Lunatic asylums Punjab 1868-1880 - 1868-1880
Year: 1868
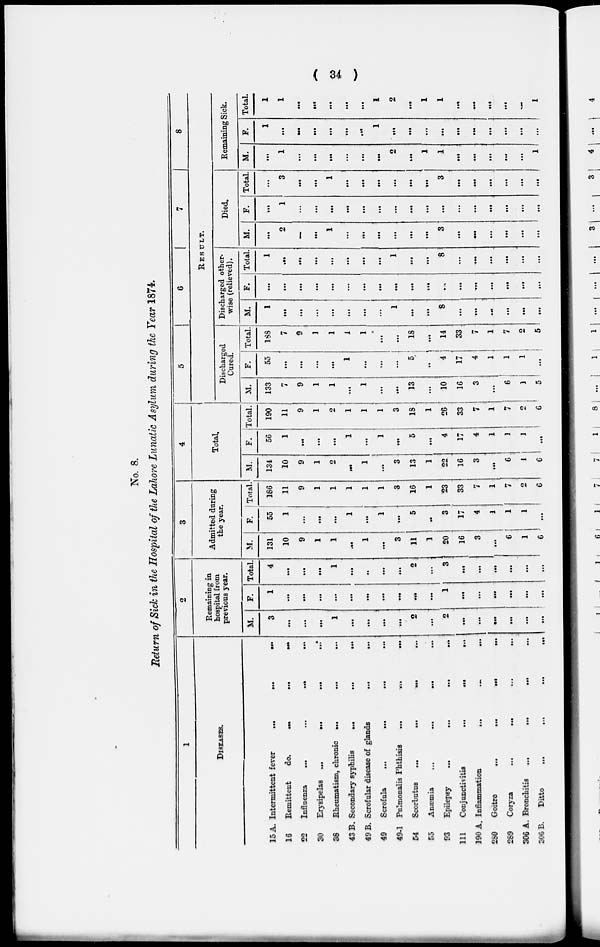
( 34 )
No. 8.
Return of Sick in the Hospital of the Lahore Lunatic Asylum during the Year 1874.
1
DISEASES.
15 A.
16
22
30
36
43 B.
49 B.
49
49-1
54
55
93
111
190 A.
280
289
306 A.
306 B.
Intermittent fever
...
...
...
Remittent
do.
...
...
...
Influenza
...
...
Erysipelas
...
...
...
...
Rheumatism, chronic ...
...
...
Secondary syphilis
...
... ...
Scrofular disease of glands
...
...
Scrofula
...
...
...
...
Pulmonalis Phthisis
...
...
...
Scorbutus
...
...
...
...
Anaemia
...
...
...
...
Epilepsy
...
... ... ...
Conjunctivitis
...
...
...
Inflammation
...
...
...
Goitre
...
...
...
...
Coryza ... ... ... ...
Bronchitis ... ... ... ...
Ditto
...
...
...
...
2
Remaining in
hospital from
previous year.
M.
3
...
...
...
1
...
...
...
...
2
...
2
...
...
...
...
...
...
F.
1
...
...
...
...
...
...
...
...
...
...
1
...
...
...
...
...
...
Total.
4
...
...
...
1
...
..
...
...
2
...
3
...
...
...
...
...
...
3
Admitted during
the year.
M.
131
10
9
1
1
...
1
...
3
11
1
20
16
3
...
6
1
6
F.
55
1
...
...
...
1
...
1
...
5
...
3
17
4
1
1
1
...
Total.
186
11
9
1
1
1
1
1
3
16
1
23
33
7
1
7
2
6
4
Total.
M.
134
10
9
1
2
...
1
...
3
13
1
22
16
3
...
6
1
6
F.
56
1
...
...
...
1
...
1
...
5
...
4
17
4
1
1
3
...
Total.
190
11
9
1
2
1
1
1
3
18
1
26
33
7
1
7
2
6
5
6
7
8
RESULT.
Discharged
Cured.
M.
133
7
9
1
1
...
1
...
...
13
...
10
16
3
...
6
1
5
F.
55
...
...
...
...
1
...
...
...
5
...
4
17
4
1
1
1
...
Total.
188
7
9
1
1
1
1
...
...
18
...
14
33
7
1
7
2
5
Discharged other.
wise (relieved).
M.
1
...
...
...
...
...
...
...
1
...
...
8
...
...
...
...
...
...
F.
...
...
...
...
...
...
...
...
...
...
...
...
...
...
...
...
...
...
Total.
1
...
...
...
...
...
...
...
1
...
...
8
...
...
...
...
...
...
Died.
M.
...
2
...
...
1
...
...
...
...
...
...
3
...
...
...
...
...
...
F.
...
1
...
...
...
...
...
...
...
...
...
...
...
...
...
...
...
...
Total.
...
3
...
...
1
...
...
...
...
...
...
3
...
...
...
...
...
...
Remaining Sick.
M.
...
1
...
...
...
...
...
...
2
...
1
1
...
...
...
...
...
1
F.
1
...
...
...
...
...
...
1
...
...
...
...
...
...
...
...
...
...
Total.
1
1
...
...
...
...
...
1
2
...
1
1
...
...
...
...
1